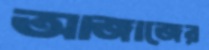
আজাজের